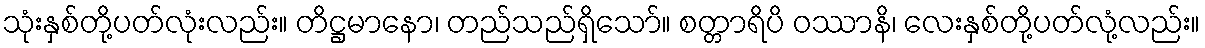
သုံးနှစ်တို့ပတ်လုံးလည်း။ တိဋ္ဌမာနော၊ တည်သည်ရှိသော်။ စတ္တာရိပိ ဝဿာနိ၊ လေးနှစ်တို့ပတ်လုံ့လည်း။